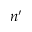
n ^ { \prime }